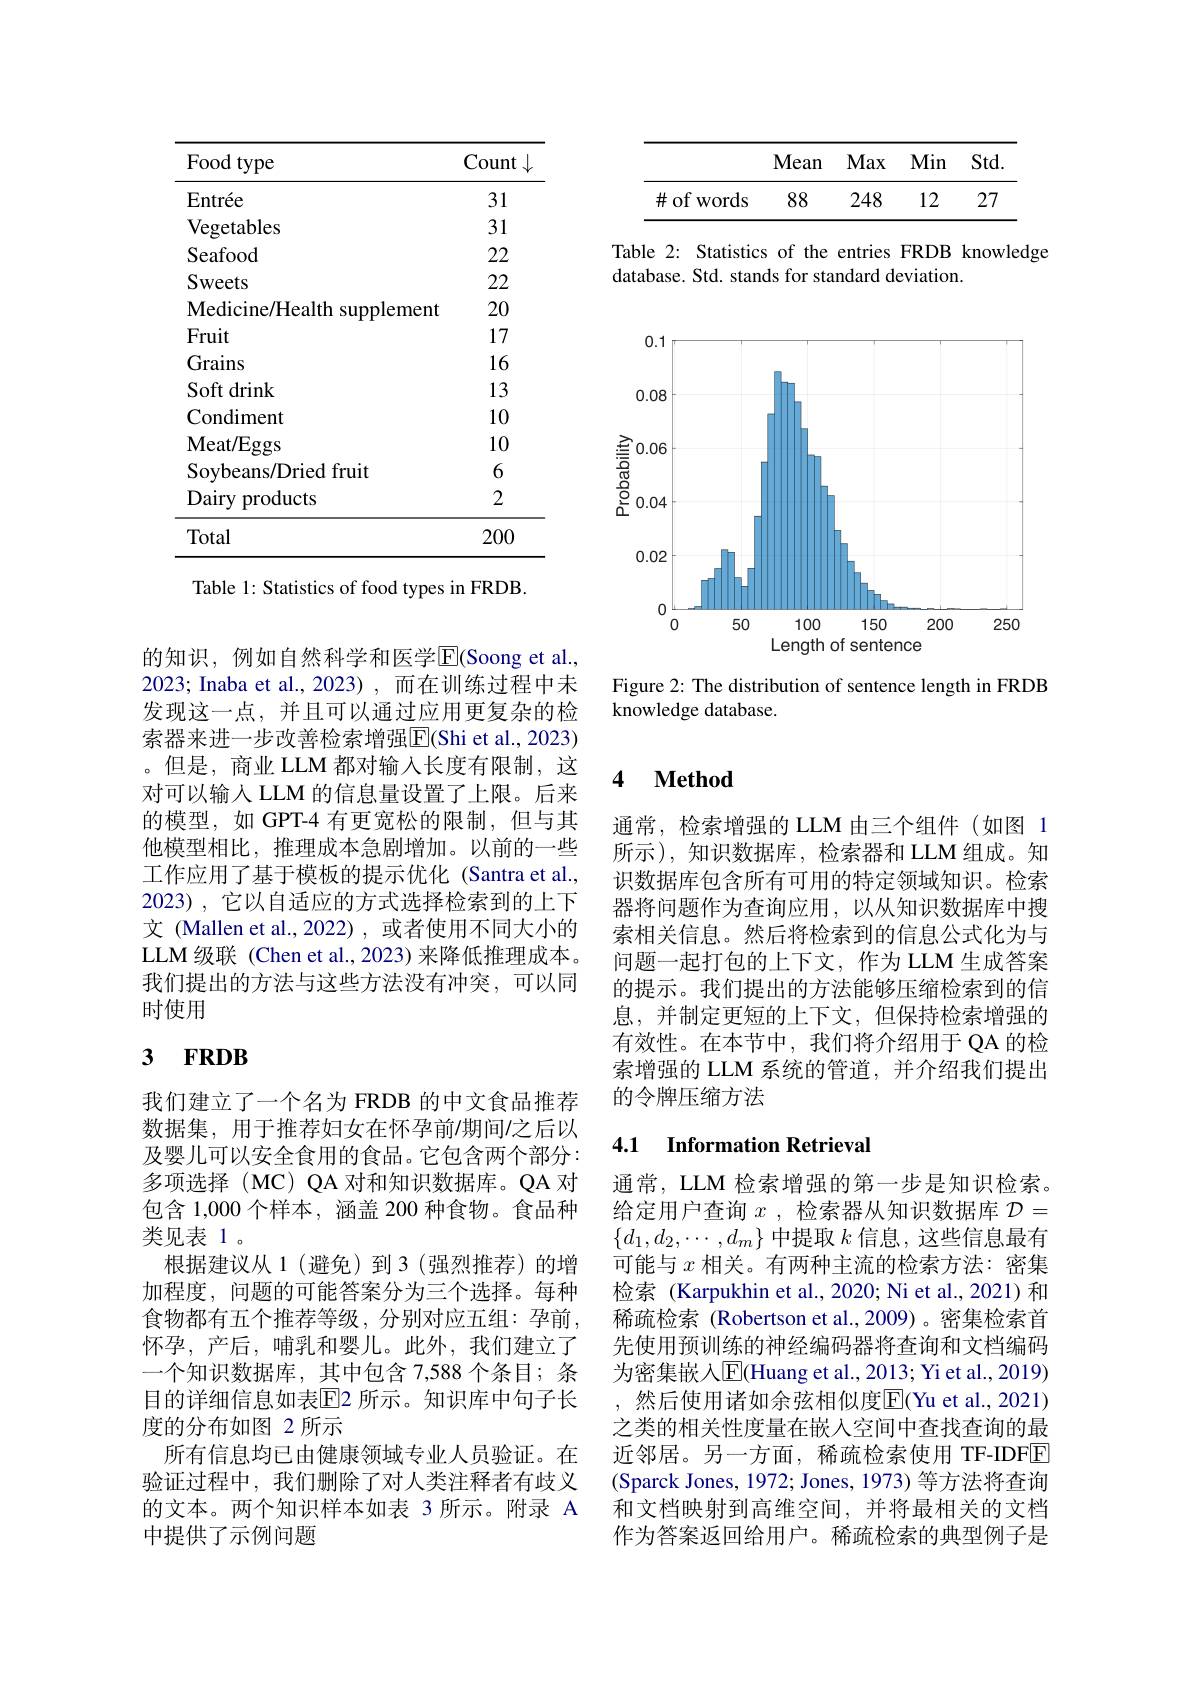
<table>
	<tbody>
		<tr>
			<th>Food type</th>
			<th>Count</th>
		</tr>
		<tr>
			<td>Entrée</td>
			<td>31</td>
		</tr>
		<tr>
			<td>Vegetables</td>
			<td>31</td>
		</tr>
		<tr>
			<td>Seafood</td>
			<td>22</td>
		</tr>
		<tr>
			<td>Sweets</td>
			<td>22</td>
		</tr>
		<tr>
			<td>Medicine/ Health supplement</td>
			<td>20</td>
		</tr>
		<tr>
			<td>Fruit</td>
			<td>17</td>
		</tr>
		<tr>
			<td>Grains</td>
			<td>16</td>
		</tr>
		<tr>
			<td>Soft drink</td>
			<td>13</td>
		</tr>
		<tr>
			<td>Condiment</td>
			<td>10</td>
		</tr>
		<tr>
			<td>Meat/ Eggs</td>
			<td>10</td>
		</tr>
		<tr>
			<td>Soybeans/Dried fruit</td>
			<td>6</td>
		</tr>
		<tr>
			<td>Dairy products</td>
			<td>2</td>
		</tr>
		<tr>
			<td>Total</td>
			<td>200</td>
		</tr>
	</tbody>
</table>
Table 1: Statistics of food types in FRDB.

的知识，例如自然科学和医学$\overline{\mathrm{E}}$(Soong et al., 2023; Inaba et al., 2023), 而在训练过程中未发现这一点，并且可以通过应用更复杂的检索器来进一步改善检索增强$\overline{\mathrm{E}}($Shi et al., 2023) 。但是，商业 LLM 都对输入长度有限制，这对可以输人 LLM 的信息量设置了上限。后来的模型，如 GPT-4 有更宽松的限制，但与其他模型相比，推理成本急剧增加。以前的一些工作应用了基于模板的提示优化 (Santra et al., 2023), 它以自适应的方式选择检索到的上下文 (Mallen et al., 2022) , 或者使用不同大小的LLM 级联 (Chen et al., 2023) 来降低推理成本。我们提出的方法与这些方法没有冲突，可以同时使用

# 3 FRDB

我们建立了一个名为 FRDB 的中文食品推荐数据集，用于推荐妇女在怀孕前$\prime$期间/之后以及婴儿可以安全食用的食品。它包含两个部分： 多项选择(MC)QA对和知识数据库。QA 对包含 1,000 个样本，涵盖 200 种食物。食品种类见表 1。
根据建议从 1(避免)到 3(强烈推荐)的增加程度，问题的可能答案分为三个选择。每种食物都有五个推荐等级，分别对应五组：孕前， 怀孕，产后，哺乳和婴儿。此外，我们建立了一个知识数据库，其中包含 7,588 个条目；条目的详细信息如表$\mathbb{E}$2 所示。知识库中句子长度的分布如图 2 所示
所有信息均已由健康领域专业人员验证。在验证过程中，我们删除了对人类注释者有歧义的文本。两个知识样本如表 3 所示。附录 A 中提供了示例问题

<table>
	<tbody>
		<tr>
			<th> </th>
			<th>Mean</th>
			<th>Max</th>
			<th>Min</th>
			<th>$Std.$</th>
		</tr>
		<tr>
			<td>$\#$of WOrds</td>
			<td>88</td>
			<td>248</td>
			<td>12</td>
			<td>27</td>
		</tr>
	</tbody>
</table>

Table 2: Statistics of the entries FRDB knowledge
database. Std. stands for standard deviation.

<FigureHere>

Figure 2: The distribution of sentence length in FRDB
knowledge database.

### $\textbf{4}$ $\textbf{Method}$

通常，检索增强的 LLM 由三个组件(如图 1所示),知识数据库，检索器和 LLM 组成。知识数据库包含所有可用的特定领域知识。检索器将问题作为查询应用，以从知识数据库中搜索相关信息。然后将检索到的信息公式化为与问题一起打包的上下文，作为 LLM 生成答案的提示。我们提出的方法能够压缩检索到的信息，并制定更短的上下文，但保持检索增强的有效性。在本节中，我们将介绍用于 QA 的检索增强的 LLM 系统的管道，并介绍我们提出的令牌压缩方法

### 4.1 $\textbf{Information Retrieval}$

通常，LLM 检索增强的第一步是知识检索。给定用户查询$x$ ,检索器从知识数据库$\mathcal{D}=$ $\{d_1,d_2,\cdots,d_m\}$中提取$k$信息，这些信息最有可能与$x$相关。有两种主流的检索方法：密集检索 (Karpukhin et al., 2020; Ni et al., 2021)和稀疏检索 (Robertson et al.,2009)。密集检索首先使用预训练的神经编码器将查询和文档编码为密集嵌入$\overline{\mathrm{E}}($Huang et al., 2013; Yi et al., 2019) 然后使用诸如余弦相似度$\overline{\mathrm{E}}($Yu et al., 2021) 之类的相关性度量在嵌入空间中查找查询的最近邻居。另一方面，稀疏检索使用 TF-IDFE (Sparck Jones, 1972; Jones, 1973) 等方法将查询和文档映射到高维空间，并将最相关的文档作为答案返回给用户。稀疏检索的典型例子是